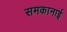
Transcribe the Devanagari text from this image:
समकानाई